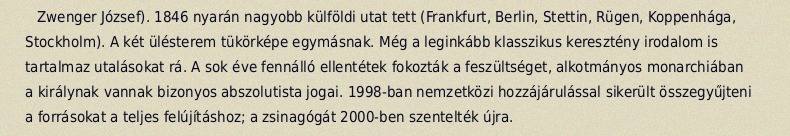
Zwenger József). 1846 nyarán nagyobb külföldi utat tett (Frankfurt, Berlin, Stettin, Rügen, Koppenhága, Stockholm). A két ülésterem tükörképe egymásnak. Még a leginkább klasszikus keresztény irodalom is tartalmaz utalásokat rá. A sok éve fennálló ellentétek fokozták a feszültséget, alkotmányos monarchiában a királynak vannak bizonyos abszolutista jogai. 1998-ban nemzetközi hozzájárulással sikerült összegyűjteni a forrásokat a teljes felújításhoz; a zsinagógát 2000-ben szentelték újra.